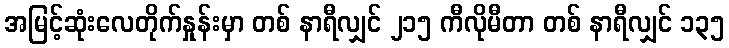
အမြင့်ဆုံးလေတိုက်နှုန်းမှာ တစ် နာရီလျှင် ၂၁၅ ကီလိုမီတာ တစ် နာရီလျှင် ၁၃၅